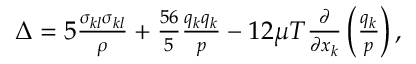
\begin{array} { r } { \Delta = 5 \frac { \sigma _ { k l } \sigma _ { k l } } { \rho } + \frac { 5 6 } { 5 } \frac { q _ { k } q _ { k } } { p } - 1 2 \mu T \frac { \partial } { \partial x _ { k } } \left( \frac { q _ { k } } { p } \right) , } \end{array}